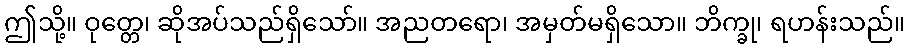
ဤသို့။ ဝုတ္တေ၊ ဆိုအပ်သည်ရှိသော်။ အညတရော၊ အမှတ်မရှိသော။ ဘိက္ခု၊ ရဟန်းသည်။